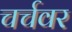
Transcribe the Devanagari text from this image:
चर्चवर